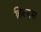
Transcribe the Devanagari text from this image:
हिल्ट्स